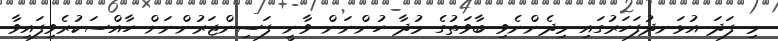
މި ފަދަ އުޅަނދުފަހަރުގައި މިދެންނެވި ބާވަތުގެ މުދާ ހުންނަން ވާނީ ފަސިންޖަރުންނަށް ހާއްސަކުރެވިފައިވާ